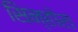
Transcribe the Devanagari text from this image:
सिन्होरा